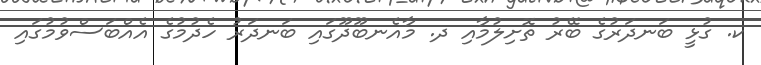
ކ. ގުޅީ ބަނދަރުގެ ބޭރު ތޮށިލުމާއި ދ. މާއެނބޫދޫގައި ބަނދަރު ހެދުމުގެ އެއްބަސްވުމުގައި